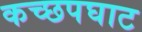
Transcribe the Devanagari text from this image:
कच्छपघाट